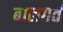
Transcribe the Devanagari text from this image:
बालगर्त